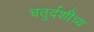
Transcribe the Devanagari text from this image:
चतुर्दशीच्य